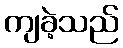
ကျခဲ့သည်